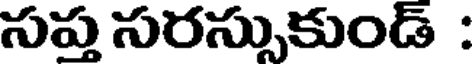
సప్త సరస్సుకుండ్ :